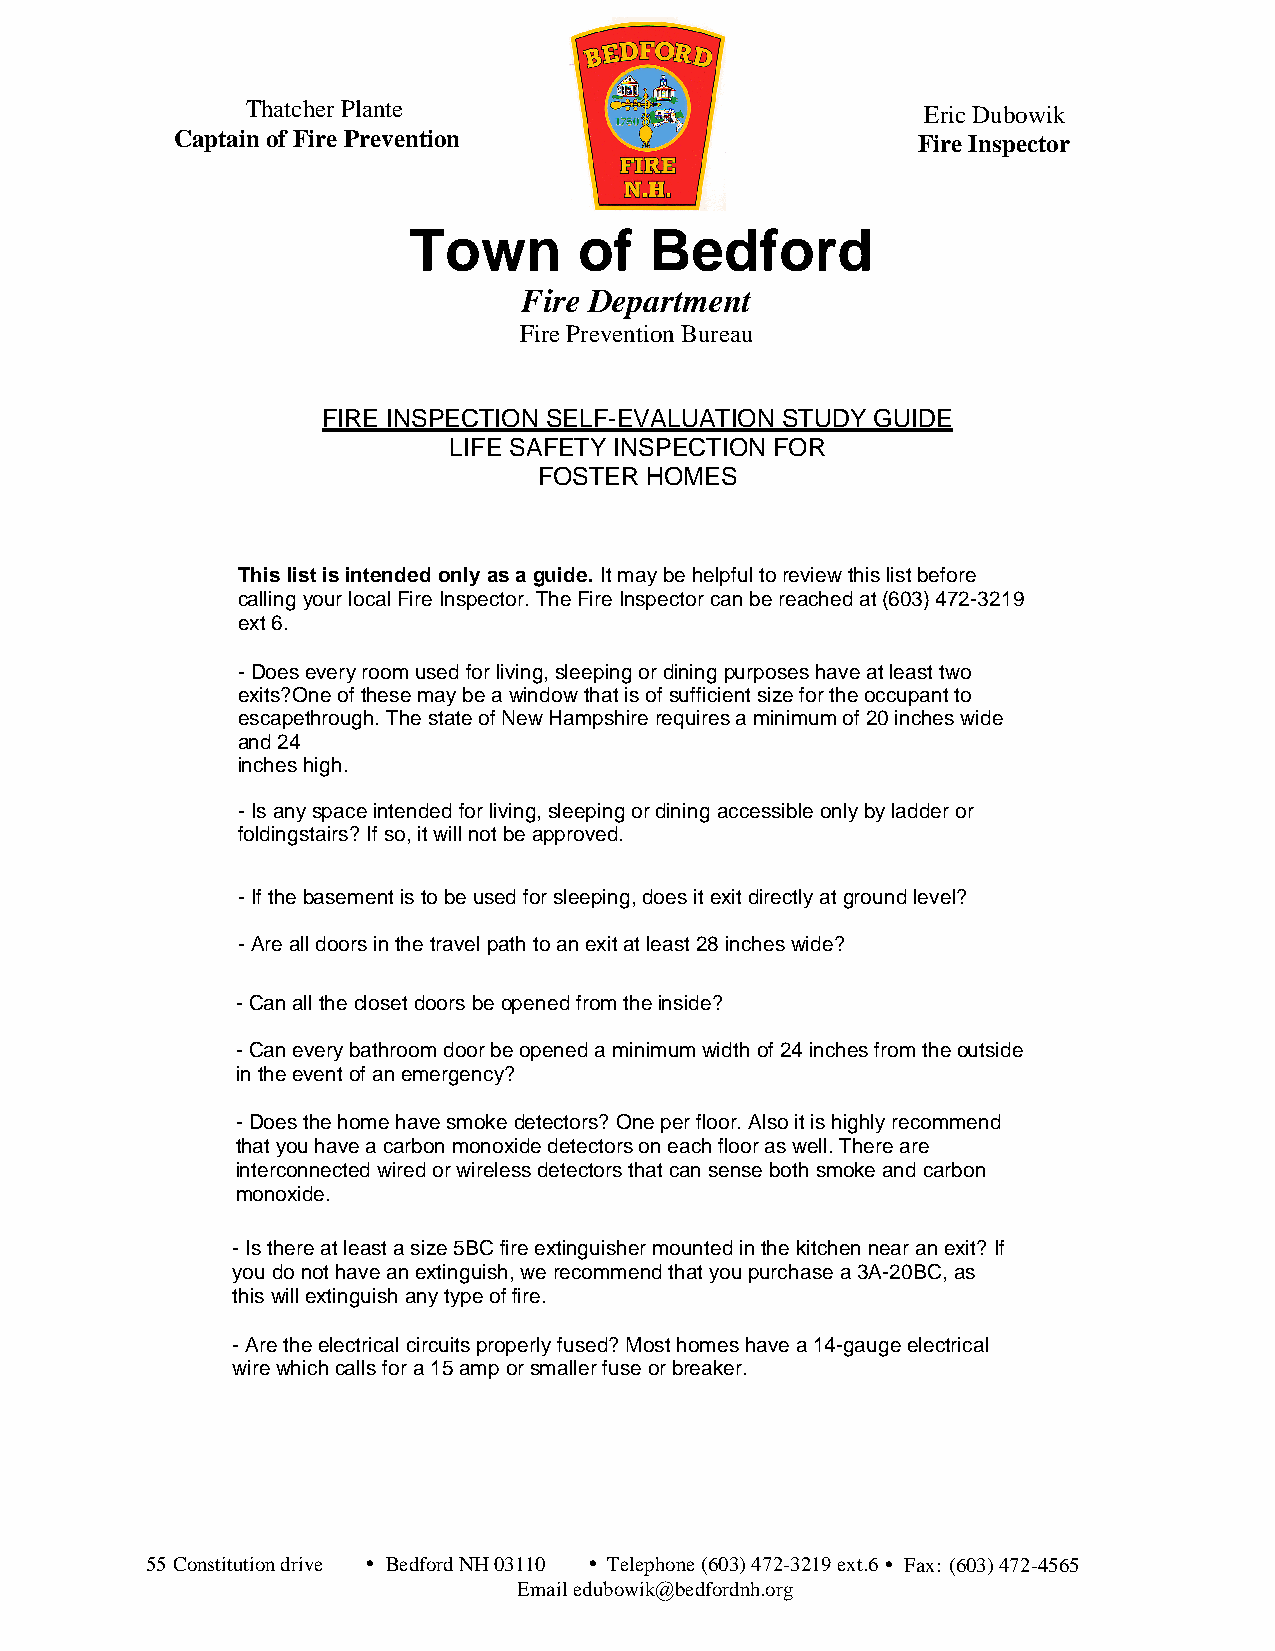
Tha tcher Plante                             Eric Dubowik
 Captain o f F ire Preventio n                     Fire Inspector
 Town       of   Bedford
 Fire Department
 Fire Prevention Bureau
 FIRE INSPECTION SELF-EVALUATION STUDY GUIDE
 LIFE SAFETY INSPECTION FOR
 FOSTER HOMES
 Thislistisintendedonlyasaguide.Itmaybehelpfultoreviewthislistbefore
 ca llingy our lo calF ireI nspec tor.TheF ire Inspe ctorcanb ereac he dat( 603 ) 472-3 219
 ex t6.
 -Doeseveryroomusedforliving,sleepingordiningpurposeshaveatleasttwo
 ex its?On eofthese m aybea window th atisof sufficients izefo rth eoccu pa ntto
 e scapeth ro ugh . The state of New Hamp shire requires a minimum of 20 inches wide
 and 24
 inches high.
 -Isanyspaceintendedforliving,sleepingordiningaccessibleonlybyladderor
 foldingstairs?Ifso,itwillnotbeapproved.
 -Ifthebasementistobeused for sleeping,doesitexitdirectlyatgroundlevel?
 - Ar ealld oor sinthe trave lpa thtoan exitatleast28incheswide?
 -Canalltheclosetdoorsbeopenedfromtheinside?
 -Caneverybathroomdoorbeopenedaminimumwidthof24inchesfromtheoutside
 intheeventofanemergency?
 -Doesthehomehavesmokedetectors? One per floor. Also it is highly recommend
 that you have a carbon monoxide detectors on each floor as well. There are
 interconnected wired or wireless detectors that can sense both smoke and carbon
 monoxide.
 -Is therea tle a stasize 5BCfireex tingu isherm ountedin thekitc he nne aranexit?If
 youd on othaveanexting uish,werecommendthatyoupurchasea3A-20BC,as
 thiswillextinguishanytypeoffire.
 -A ret heele ctr icalcircuits pro perlyfused? Mos tho meshave a 14-gauge ele ctrical
 wir ewhichca llsfo ra1 5a mp orsmallerfuseorbreaker.
 5 5 Co nstitution driv e  Bedf ord NH 031 10  Telephone (603) 472-3219 ext.6  Fax : (603 )472-456 5
 Em ailedubowik@bedfordnh.org